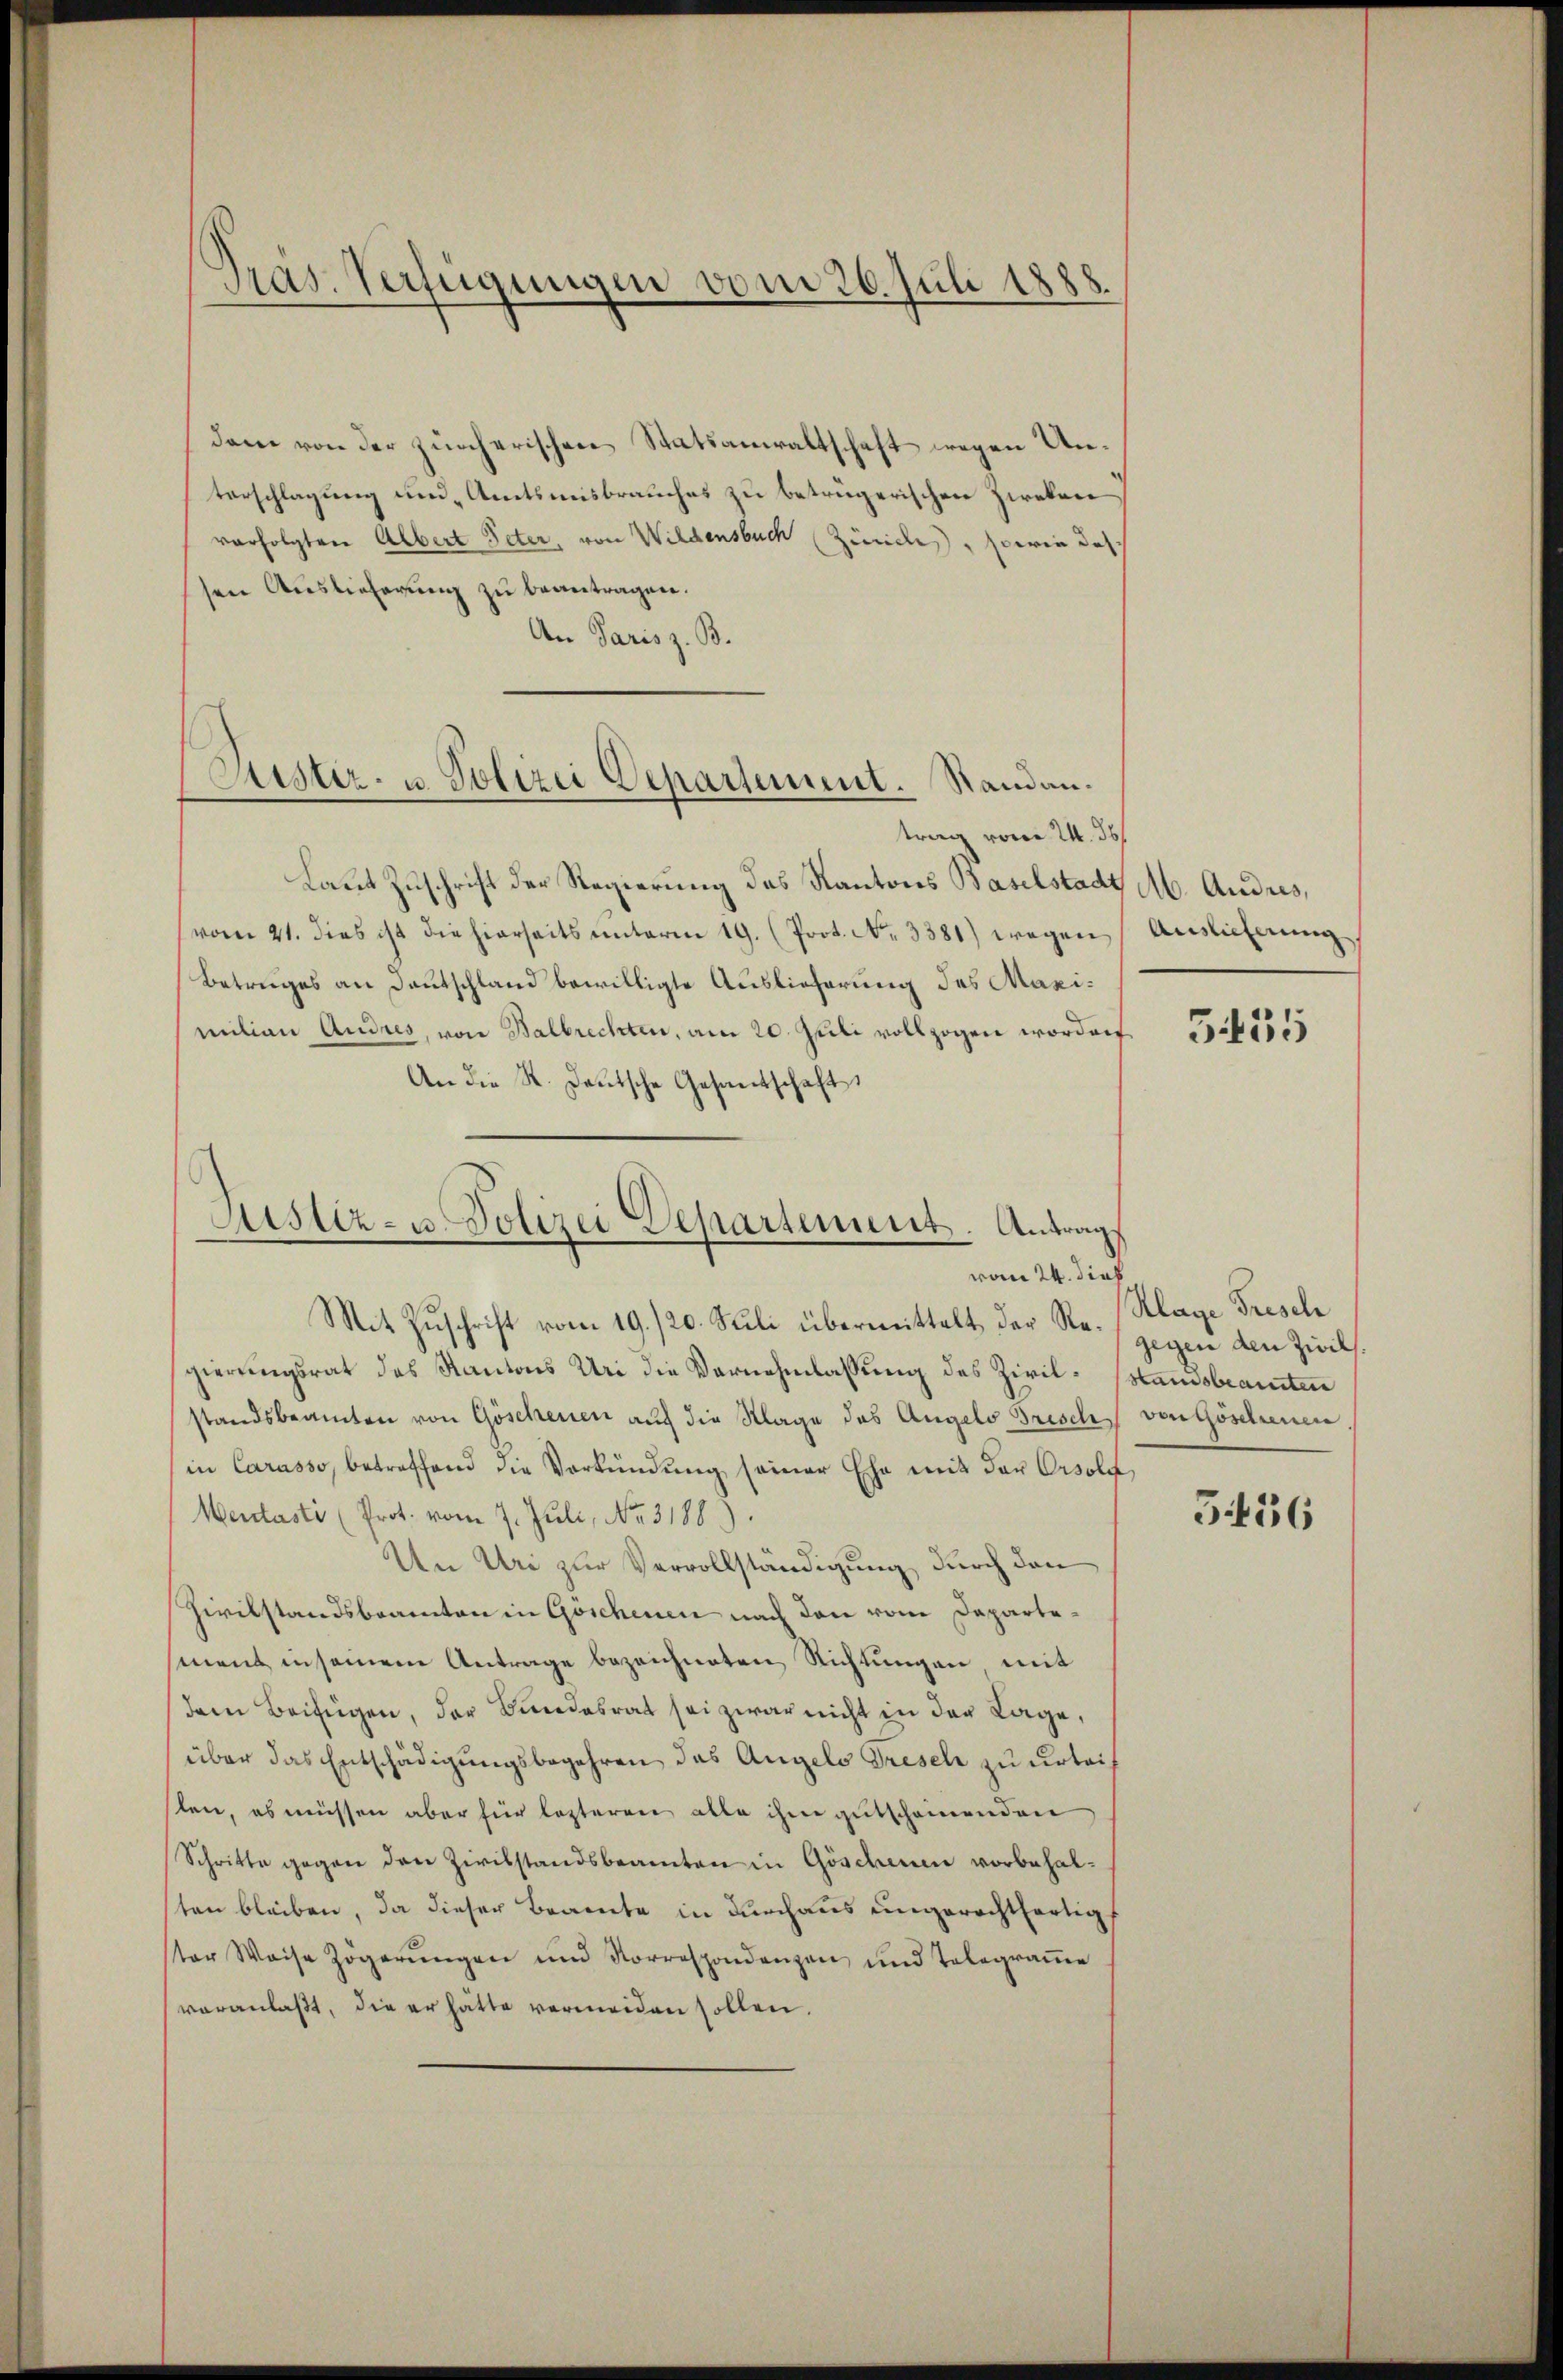
Präs. Verfügungen vom 26. Juli 1888.

dem von der zürcherischen Statsanwaltschaft wegen Unterschlagung und Amtsmisbrauches zu betrügerischen Zweken
vorfolgten Albert Peter, von Wildensbuch (Zürich, sowie dahsen Auslieferung zu beantragen.
An Paris z. B.

Lister- u. Polizei Departement. Standantrag vom 24. 36

Laut Zuschrift der Regierung des Kantons Baselstadt Ab. Andres,
vom 21. dies ist die hierseits unterm 19. (Prot. No. 3381) wegen
Betruges an Deutschland bewilligte Auslieferung des Maximilian Andres, von Balbrechten, am 20. Juli vollzogen worden
An die St. Deutsche Gesantschaft

Justiz- u. Polizei Departement. Antrag
vom 24. dies
Mit Zuschrift vom 19. /20. Seli übermittelt der Re- gegen den Zwil

Auslieferung

gierungsrat des Kantons Uri die Vernehmlassung des Zivil-Standsbeamten
standsbeamten von Göschenen auch die Klage des Angelo Trischs von Göschenen
in Carasso, betreffend die Verkündung seiner Ehe mit der Orsold
Mentasti (Prot. vom 7. Juli, No. 3188).
Un Uri zur Vervollständigung, durch den
Zivilstandsbeamten in Göschenen nach den vom Departesment in seinem Antrage bezeichneten Richtungen mit
dem Beifügen, der Bundesrat sei zwar nicht in der Lage,
über das Entschädigungsbegehren das Angels Gresel zu urteisten, es müssen aber für lezteren alle ihm gutscheinenden
Schritte gegen den Zivilstandsbeamten in Göschenen vorbehalten bleiben, da dieser Beamte in durchaus ungerechtfertigt
ster Weise Zögerŭngen und Korrespondenzen und Telegrame
veranlaßt, die er hätte vermeiden sollen.

5455

Klage Frisch

5436